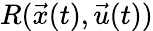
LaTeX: R(\vec{x}(t),\vec{u}(t))